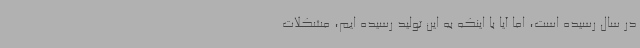
در سال رسیده است، اما آیا با اینکه به این تولید رسیده ایم، مشکلات